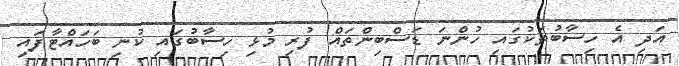
އަދި އެ ހިސާބުތަކުގައި ހުންނަ ޑަސްބިންތައް ފުރި މުޅި ހިސާބުގައި ކުނި ބަހައްޓާފައި